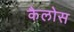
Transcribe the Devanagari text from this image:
कैलोस